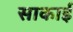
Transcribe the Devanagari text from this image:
साकाई